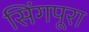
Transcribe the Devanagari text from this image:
सिंगपूरा